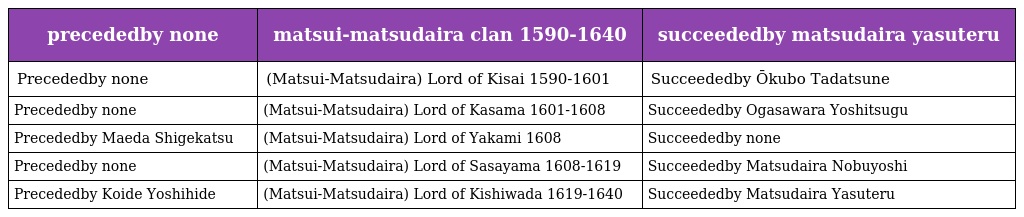
| precededby none | matsui-matsudaira clan 1590-1640 | succeededby matsudaira yasuteru |
 | --- | --- | --- |
 | Precededby none | (Matsui-Matsudaira) Lord of Kisai 1590-1601 | Succeededby Ōkubo Tadatsune |
 | Precededby none | (Matsui-Matsudaira) Lord of Kasama 1601-1608 | Succeededby Ogasawara Yoshitsugu |
 | Precededby Maeda Shigekatsu | (Matsui-Matsudaira) Lord of Yakami 1608 | Succeededby none |
 | Precededby none | (Matsui-Matsudaira) Lord of Sasayama 1608-1619 | Succeededby Matsudaira Nobuyoshi |
 | Precededby Koide Yoshihide | (Matsui-Matsudaira) Lord of Kishiwada 1619-1640 | Succeededby Matsudaira Yasuteru |